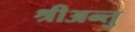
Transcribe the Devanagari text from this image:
श्रीअन्तु